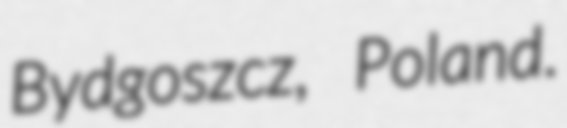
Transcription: Bydgoszcz, Poland.